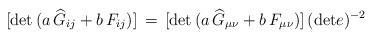
LaTeX: \begin{align*}[\mbox{det} \, (a \, \widehat{G}_{ij} + b \, F_{ij})] \, = \, [\mbox{det} \, (a \, \widehat{G}_{\mu \nu} + b \, F_{\mu \nu})] \, (\mbox{det} e)^{-2}\end{align*}